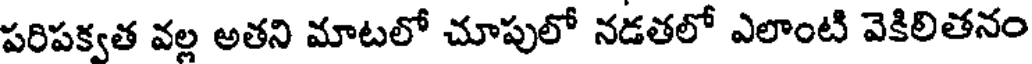
పరిపక్వత వల్ల అతని మాటలో చూపులో నడతలో ఎలాంటి వెకిలితనం